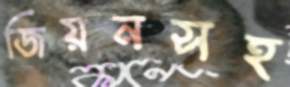
জিয়নসহ